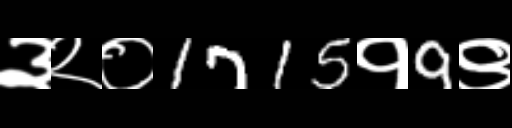
Text: ३२०1715१9९